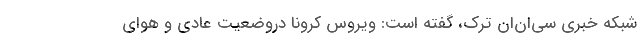
شبکه خبری سی‌ان‌ان ترک، گفته است: ویروس کرونا دروضعیت عادی و هوای